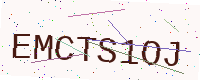
Text: EMCTS1OJ